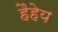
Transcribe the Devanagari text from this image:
हैहेय